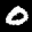
Label: 0